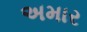
અમાર